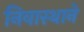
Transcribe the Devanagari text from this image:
निवास्थाने